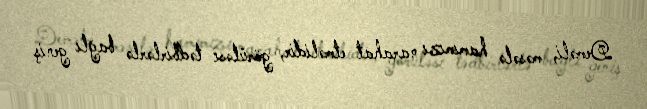
Deməli, məsələ hamımızı narahat etməlidir, görüləsi tədbirlərlə bağlı geniş